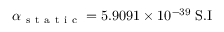
\alpha _ { \mathrm { ~ s ~ t ~ a ~ t ~ i ~ c ~ } } = 5 . 9 0 9 1 \times 1 0 ^ { - 3 9 } \; \mathrm { S . I }